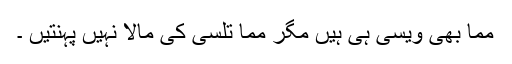
مما بھی ویسی ہی ہیں مگر مما تلسی کی مالا نہیں پہنتیں ۔